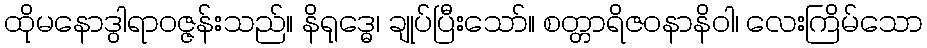
ထိုမနောဒွါရာဝဇ္ဇန်းသည်။ နိရုဒ္ဓေ၊ ချုပ်ပြီးသော်။ စတ္တာရိဇဝနာနိဝါ၊ လေးကြိမ်သော